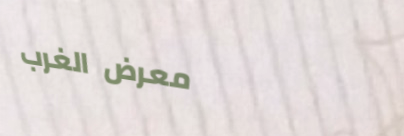
معرض الغرب